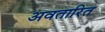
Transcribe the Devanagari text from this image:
अवतारित